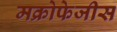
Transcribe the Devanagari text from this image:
मक्रोफेजीस